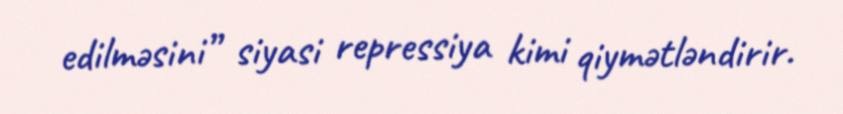
edilməsini” siyasi repressiya kimi qiymətləndirir.